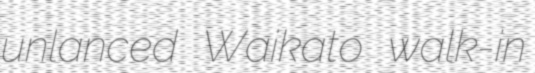
unlanced Waikato walk-in